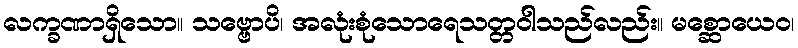
လက္ခဏာရှိသော။ သဗ္ဗောပိ၊ အလုံးစုံသောရေသတ္တဝါသည်လည်း။ မစ္ဆောယေဝ၊